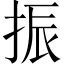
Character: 振